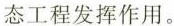
态工程发挥作用。